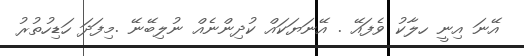
އޭނަ އިނީ ހލާކު ވެފައޭ . އޭނަޔަކައް ކުދިންނެއް ނުލިބޭނޭ .މިފަދަ ހަޑިހުތުރު